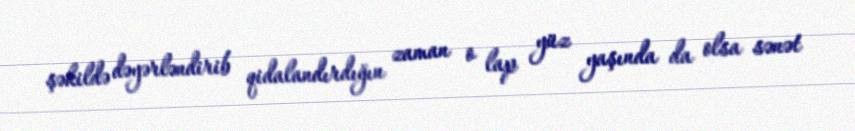
şəkildə dəyərləndirib qidalandırdığın zaman o lap yüz yaşında da olsa sənət